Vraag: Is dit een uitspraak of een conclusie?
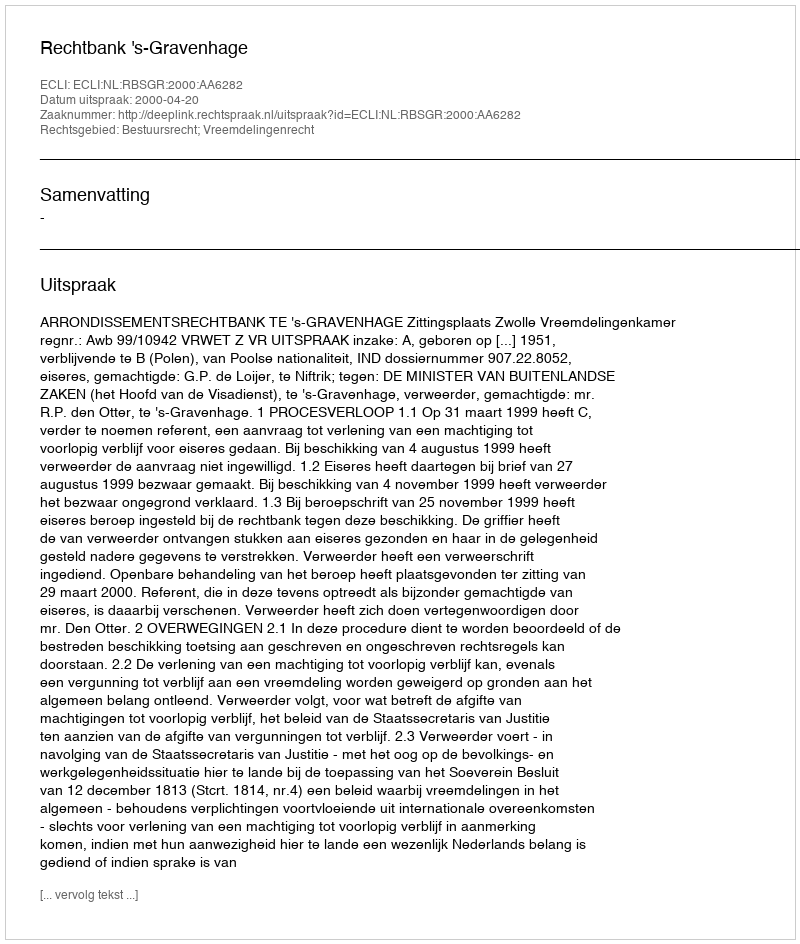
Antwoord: Uitspraak